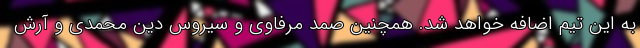
به این تیم اضافه خواهد شد. همچنین صمد مرفاوی و سیروس دین محمدی و آرش